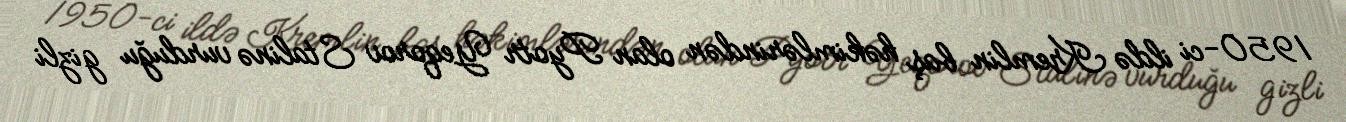
1950-ci ildə Kremlin baş həkimlərindən olan Pyotr Yeqorov Stalinə vurduğu gizli